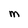
Character: M